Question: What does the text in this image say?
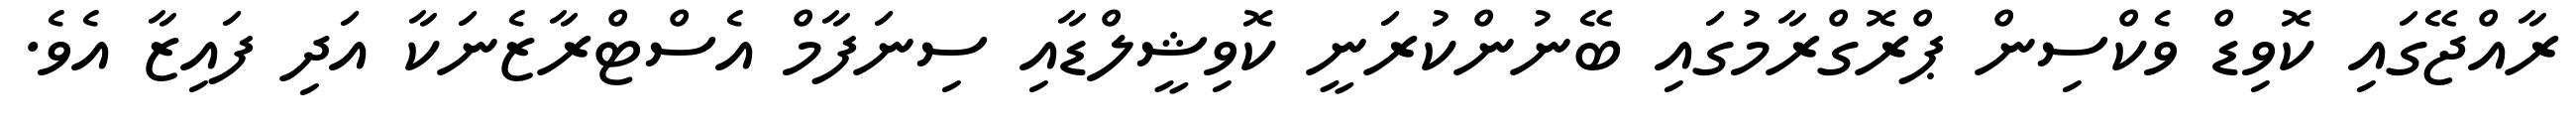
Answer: ރާއްޖޭގައި ކޮވިޑް ވެކްސިން ޕްރޮގްރާމުގައި ބޭނުންކުރަނީ ކޮވިޝީލްޑާއި ސިނަފާމް އެސްޓްރާޒެނަކާ އަދި ފައިޒާ އެވެ.